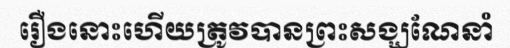
រឿងនោះហើយត្រូវបានព្រះសង្ឃណែនាំ